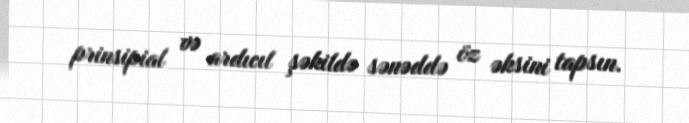
prinsipial və ardıcıl şəkildə sənəddə öz əksini tapsın.